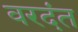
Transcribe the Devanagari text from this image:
वरदंत